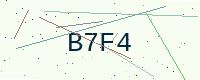
Text: B7F4